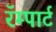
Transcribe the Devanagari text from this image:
रॅम्पार्ट